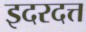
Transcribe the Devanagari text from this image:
इदरदत्त